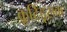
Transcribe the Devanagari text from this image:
कूटिदूसक